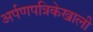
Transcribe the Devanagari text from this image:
अर्पणपत्रिकेखाली